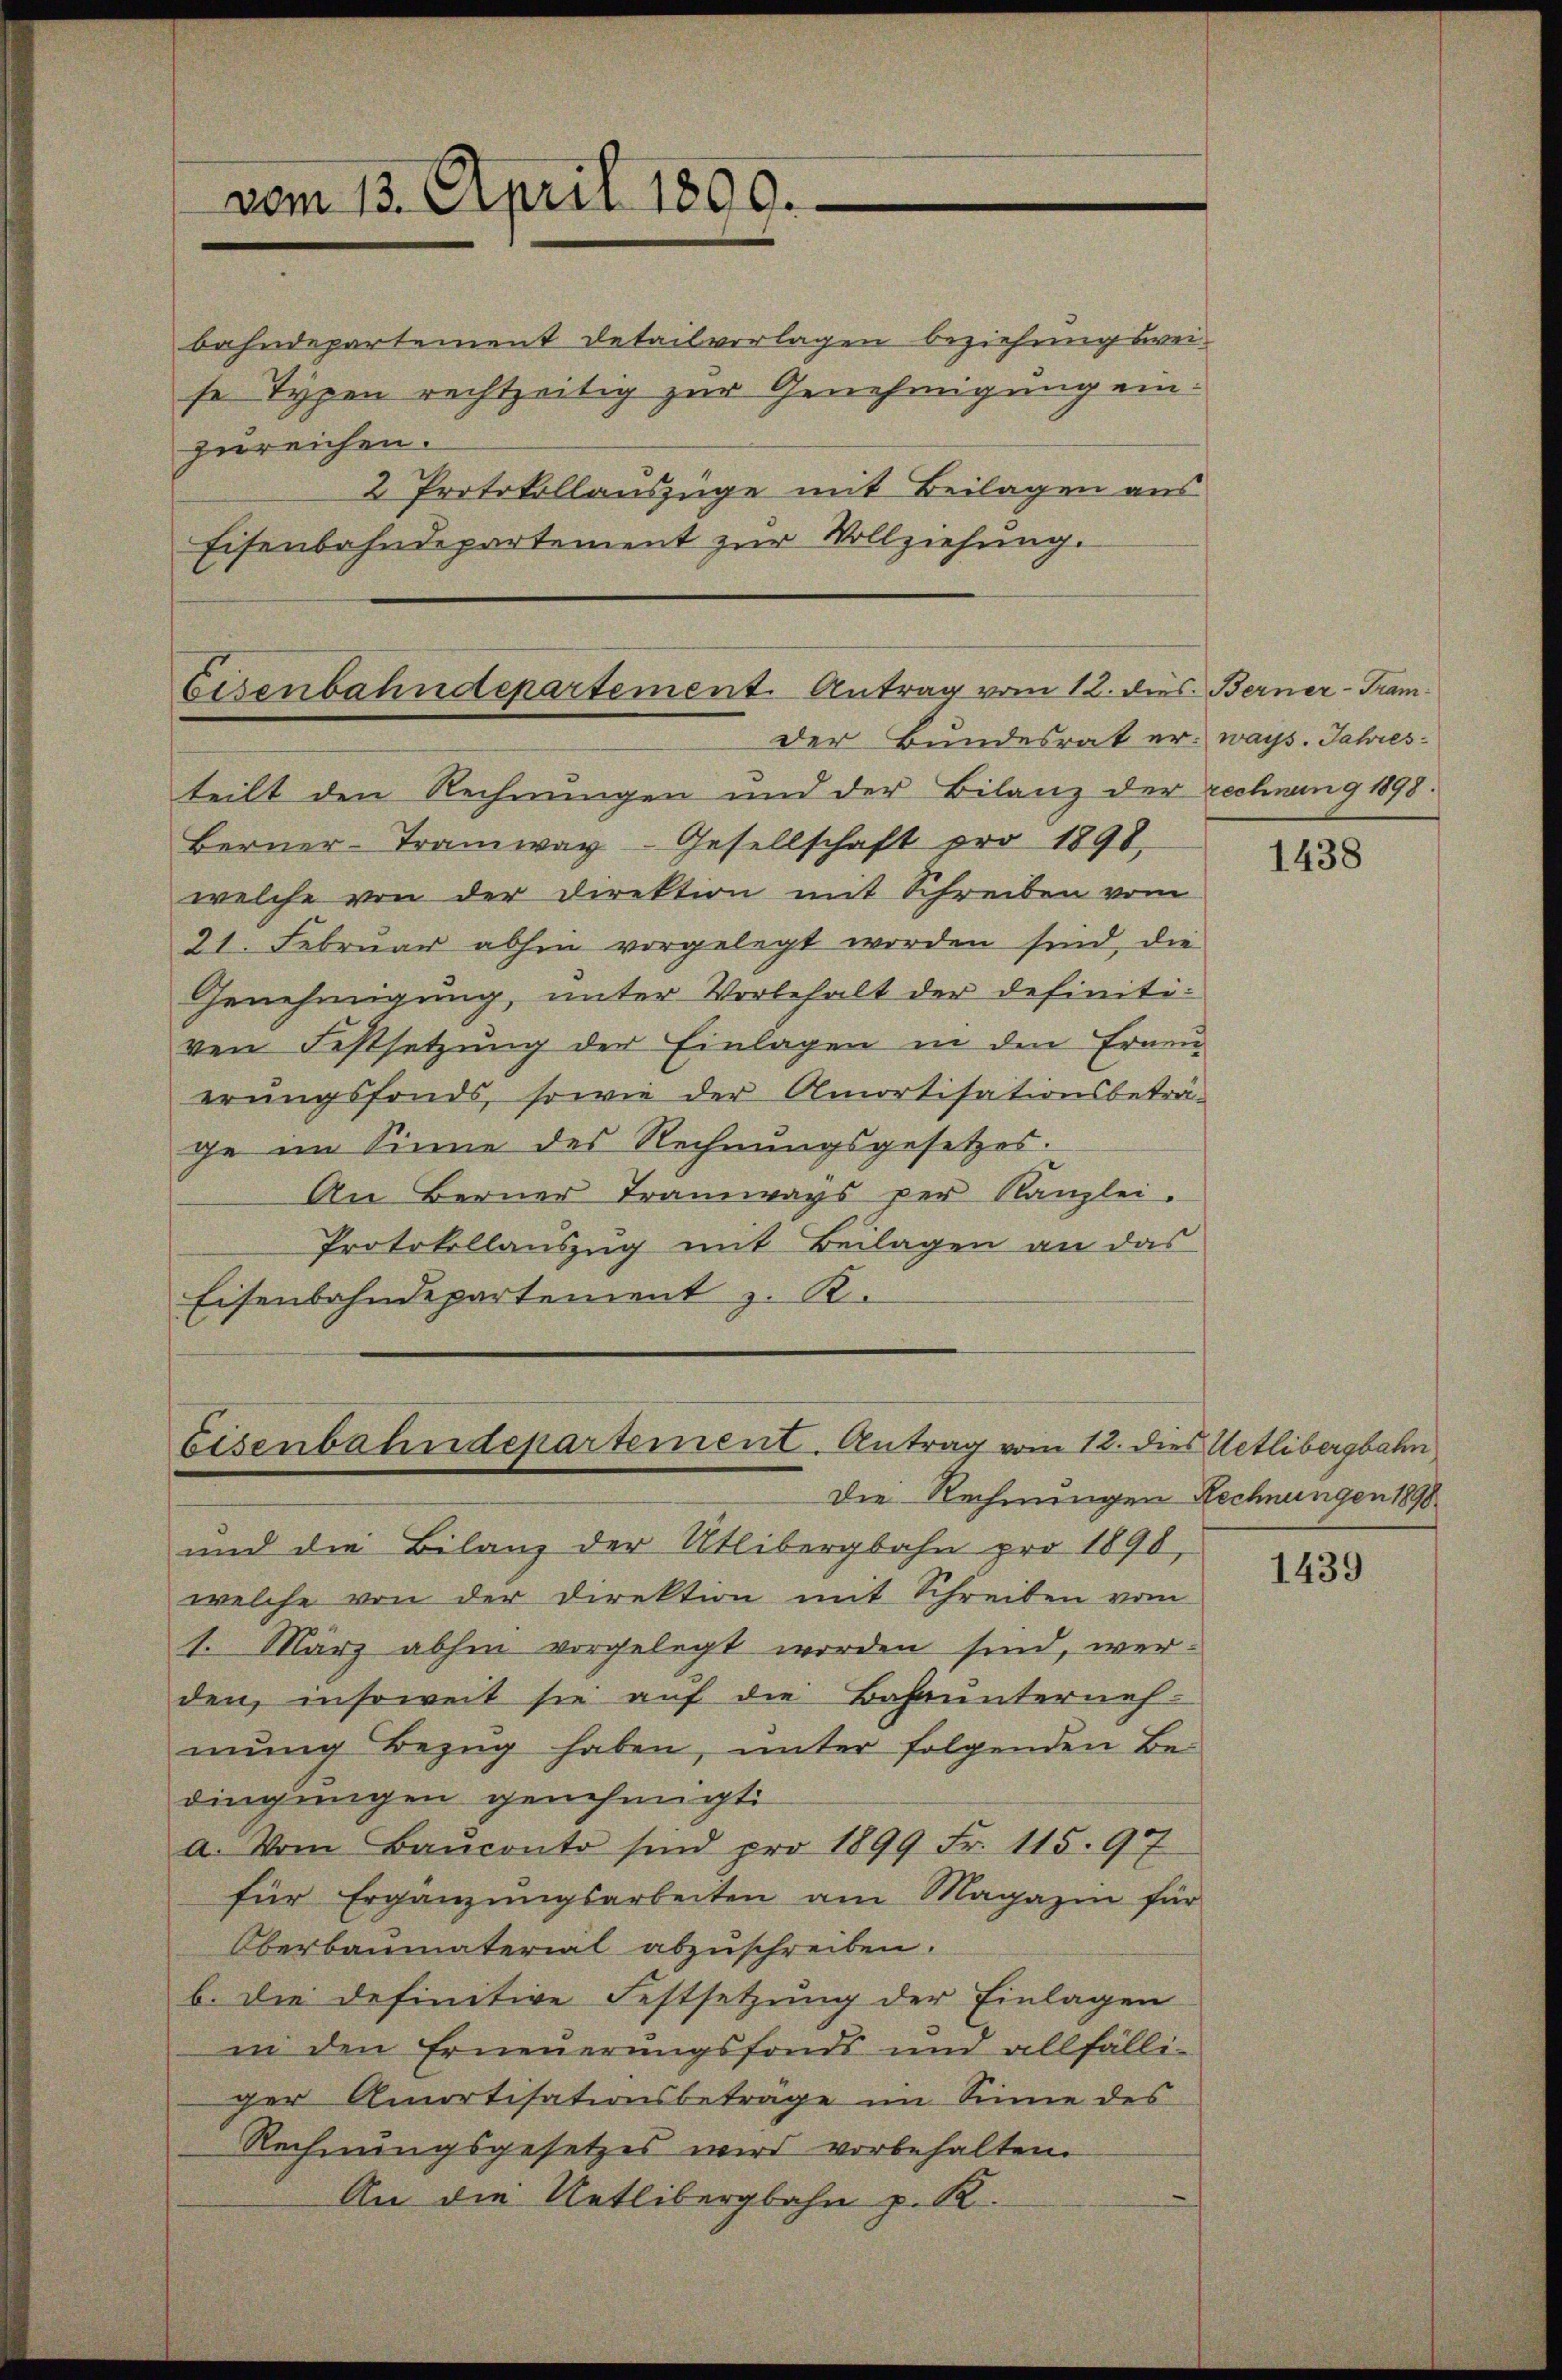
bahndepartement Detailvorlagen beziehungsweise Typen rechtzeitig zur Genehmigung einzureichen.
2 Protokollauszüge mit Beilagen aus
Eisenbahndepartement zur Vollziehung.

vom 13. April 1800.

Eisenbahndepartement. Antrag vom 12. dies. Berner-Tram¬
Der Bundesrat er: ways. Jahres¬

Eisenbahndepartement. Antrag vom 12. die
Die Rechnungen Rechnungen 1890.

teilt den Rechnungen und der Bilanz der rechnung 1898.
Berner-Tramway Gesellschaft pro 1898.
welche von der Direktion mit Schreiben vom
21. Februar abhin vorgelegt worden sind, die
Genehmigung, unter Vorbehalt der definitiven Festsetzung der Einlagen in den Erneu
erungsfonds, sowie der Amortisationsbeträ-
ge im Sinne des Rechnungsgesetzes.
An Berner Tramways per Kanzlei.
Protokollauszug mit Beilagen an das
Eisenbahndepartement z. B.

und die Bilanz der Utlibergbahn pro 1890,
welche von der Direktion mit Schreiben vom
1. März abhin vorgelegt worden sind, wer-
den, insoweit sie auf die Bahnunterneh-
mung Bezug haben, unter folgenden Be-
dingungen genehmigt.
a. Vom Baŭconto sind pro 1899 Fr. 115. 97
für Ergänzungsarbeiten am Magazin für
Oberbaumaterial abzuschreiben.
b. die definitive Festsetzung der Einlagen
in den Erneuerungsfonds und allfälli-
ger Amortisationsbeträge im Sinne des
Rechnungsgesetzes wird vorbehalten.
An die Uetlibergbahn p. K.

1438

u Uetlibergbahn

1439